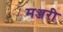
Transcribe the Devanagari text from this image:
मञ्जरी